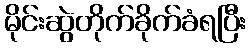
မိုင်းဆွဲတိုက်ခိုက်ခံရပြီး